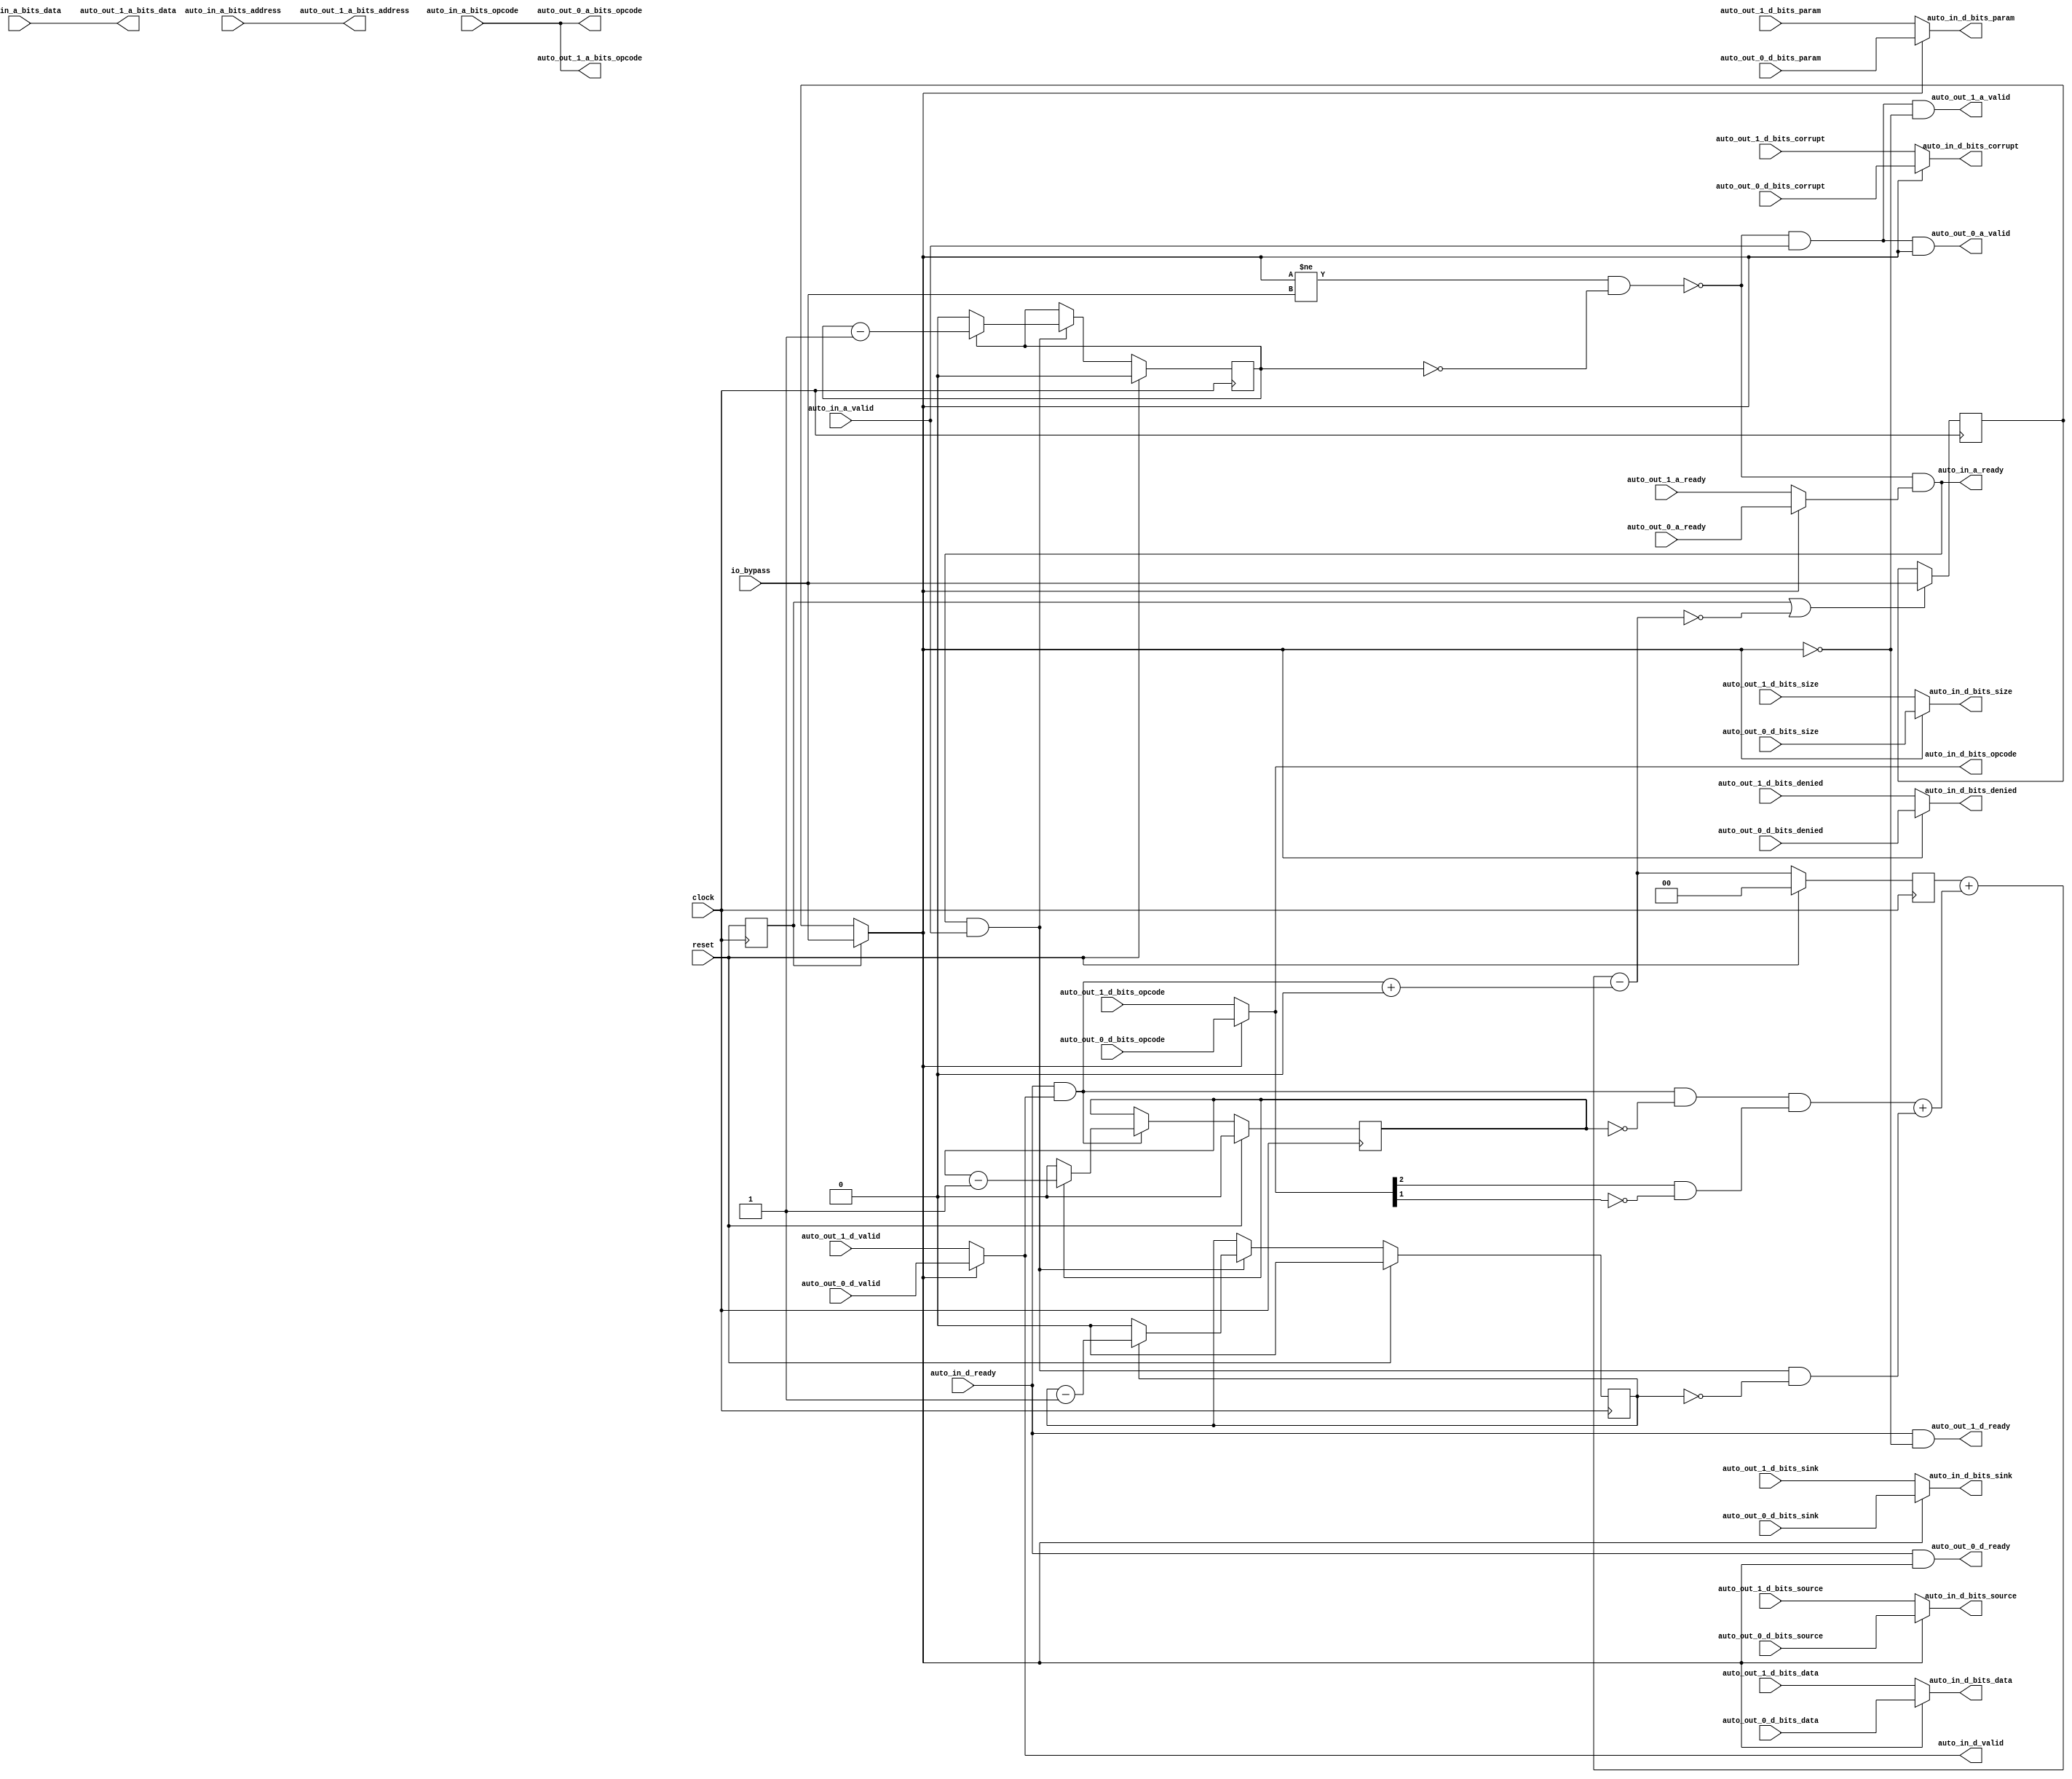
module TLBusBypassBar(
  input         clock,
  input         reset,
  output        auto_in_a_ready,
  input         auto_in_a_valid,
  input  [2:0]  auto_in_a_bits_opcode,
  input  [8:0]  auto_in_a_bits_address,
  input  [31:0] auto_in_a_bits_data,
  input         auto_in_d_ready,
  output        auto_in_d_valid,
  output [2:0]  auto_in_d_bits_opcode,
  output [1:0]  auto_in_d_bits_param,
  output [1:0]  auto_in_d_bits_size,
  output        auto_in_d_bits_source,
  output        auto_in_d_bits_sink,
  output        auto_in_d_bits_denied,
  output [31:0] auto_in_d_bits_data,
  output        auto_in_d_bits_corrupt,
  input         auto_out_1_a_ready,
  output        auto_out_1_a_valid,
  output [2:0]  auto_out_1_a_bits_opcode,
  output [8:0]  auto_out_1_a_bits_address,
  output [31:0] auto_out_1_a_bits_data,
  output        auto_out_1_d_ready,
  input         auto_out_1_d_valid,
  input  [2:0]  auto_out_1_d_bits_opcode,
  input  [1:0]  auto_out_1_d_bits_param,
  input  [1:0]  auto_out_1_d_bits_size,
  input         auto_out_1_d_bits_source,
  input         auto_out_1_d_bits_sink,
  input         auto_out_1_d_bits_denied,
  input  [31:0] auto_out_1_d_bits_data,
  input         auto_out_1_d_bits_corrupt,
  input         auto_out_0_a_ready,
  output        auto_out_0_a_valid,
  output [2:0]  auto_out_0_a_bits_opcode,
  output        auto_out_0_d_ready,
  input         auto_out_0_d_valid,
  input  [2:0]  auto_out_0_d_bits_opcode,
  input  [1:0]  auto_out_0_d_bits_param,
  input  [1:0]  auto_out_0_d_bits_size,
  input         auto_out_0_d_bits_source,
  input         auto_out_0_d_bits_sink,
  input         auto_out_0_d_bits_denied,
  input  [31:0] auto_out_0_d_bits_data,
  input         auto_out_0_d_bits_corrupt,
  input         io_bypass
);
`ifdef RANDOMIZE_REG_INIT
  reg [31:0] _RAND_0;
  reg [31:0] _RAND_1;
  reg [31:0] _RAND_2;
  reg [31:0] _RAND_3;
  reg [31:0] _RAND_4;
  reg [31:0] _RAND_5;
`endif // RANDOMIZE_REG_INIT
  reg  in_reset; // @[BusBypass.scala 80:27]
  reg  bypass_reg; // @[BusBypass.scala 81:25]
  wire  bypass = in_reset ? io_bypass : bypass_reg; // @[BusBypass.scala 82:21]
  reg [1:0] flight; // @[Edges.scala 296:25]
  reg  stall_counter; // @[Edges.scala 230:27]
  wire  stall_first = ~stall_counter; // @[Edges.scala 232:25]
  wire  stall = (bypass != io_bypass) & stall_first; // @[BusBypass.scala 87:40]
  wire  _in_a_ready_T = ~stall; // @[BusBypass.scala 91:21]
  wire  _in_a_ready_T_1 = bypass ? auto_out_0_a_ready : auto_out_1_a_ready; // @[BusBypass.scala 91:34]
  wire  in_a_ready = (~stall) & _in_a_ready_T_1; // @[BusBypass.scala 91:28]
  wire  done = in_a_ready & auto_in_a_valid; // @[Decoupled.scala 40:37]
  reg  counter; // @[Edges.scala 230:27]
  wire  counter1 = counter - 1'h1; // @[Edges.scala 231:28]
  wire  a_first = ~counter; // @[Edges.scala 232:25]
  wire  in_d_valid = bypass ? auto_out_0_d_valid : auto_out_1_d_valid; // @[BusBypass.scala 97:24]
  wire  done_3 = auto_in_d_ready & in_d_valid; // @[Decoupled.scala 40:37]
  wire [2:0] in_d_bits_opcode = bypass ? auto_out_0_d_bits_opcode : auto_out_1_d_bits_opcode; // @[BusBypass.scala 99:21]
  reg  counter_3; // @[Edges.scala 230:27]
  wire  counter1_3 = counter_3 - 1'h1; // @[Edges.scala 231:28]
  wire  d_first = ~counter_3; // @[Edges.scala 232:25]
  wire  d_request = (in_d_bits_opcode[2]) & (~(in_d_bits_opcode[1])); // @[Edges.scala 72:40]
  wire  inc_right = done & a_first; // @[Edges.scala 311:28]
  wire  inc_left = (done_3 & d_first) & d_request; // @[Edges.scala 314:39]
  wire [1:0] inc = {inc_right,inc_left}; // @[Cat.scala 29:58]
  wire [1:0] dec = {1'h0,done_3}; // @[Cat.scala 29:58]
  wire [1:0] _next_flight_T_2 = (inc[0]) + (inc[1]); // @[Bitwise.scala 47:55]
  wire [1:0] _next_flight_T_5 = flight + _next_flight_T_2; // @[Edges.scala 325:30]
  wire [1:0] _next_flight_T_8 = (dec[0]) + (dec[1]); // @[Bitwise.scala 47:55]
  wire [1:0] next_flight = _next_flight_T_5 - _next_flight_T_8; // @[Edges.scala 325:46]
  wire  _T_15 = in_reset | (next_flight == 2'h0); // @[BusBypass.scala 86:20]
  wire  stall_counter1 = stall_counter - 1'h1; // @[Edges.scala 231:28]
  wire  _out0_a_valid_T_1 = _in_a_ready_T & auto_in_a_valid; // @[BusBypass.scala 89:28]
  wire  _out1_a_valid_T_2 = ~bypass; // @[BusBypass.scala 90:45]
  assign auto_in_a_ready = (~stall) & _in_a_ready_T_1; // @[BusBypass.scala 91:28]
  assign auto_in_d_valid = bypass ? auto_out_0_d_valid : auto_out_1_d_valid; // @[BusBypass.scala 97:24]
  assign auto_in_d_bits_opcode = bypass ? auto_out_0_d_bits_opcode : auto_out_1_d_bits_opcode; // @[BusBypass.scala 99:21]
  assign auto_in_d_bits_param = bypass ? auto_out_0_d_bits_param : auto_out_1_d_bits_param; // @[BusBypass.scala 99:21]
  assign auto_in_d_bits_size = bypass ? auto_out_0_d_bits_size : auto_out_1_d_bits_size; // @[BusBypass.scala 99:21]
  assign auto_in_d_bits_source = bypass ? auto_out_0_d_bits_source : auto_out_1_d_bits_source; // @[BusBypass.scala 99:21]
  assign auto_in_d_bits_sink = bypass ? auto_out_0_d_bits_sink : auto_out_1_d_bits_sink; // @[BusBypass.scala 99:21]
  assign auto_in_d_bits_denied = bypass ? auto_out_0_d_bits_denied : auto_out_1_d_bits_denied; // @[BusBypass.scala 99:21]
  assign auto_in_d_bits_data = bypass ? auto_out_0_d_bits_data : auto_out_1_d_bits_data; // @[BusBypass.scala 99:21]
  assign auto_in_d_bits_corrupt = bypass ? auto_out_0_d_bits_corrupt : auto_out_1_d_bits_corrupt; // @[BusBypass.scala 99:21]
  assign auto_out_1_a_valid = _out0_a_valid_T_1 & (~bypass); // @[BusBypass.scala 90:42]
  assign auto_out_1_a_bits_opcode = auto_in_a_bits_opcode; // @[Nodes.scala 1216:84 LazyModule.scala 312:16]
  assign auto_out_1_a_bits_address = auto_in_a_bits_address; // @[Nodes.scala 1216:84 LazyModule.scala 312:16]
  assign auto_out_1_a_bits_data = auto_in_a_bits_data; // @[Nodes.scala 1216:84 LazyModule.scala 312:16]
  assign auto_out_1_d_ready = auto_in_d_ready & _out1_a_valid_T_2; // @[BusBypass.scala 96:32]
  assign auto_out_0_a_valid = (_in_a_ready_T & auto_in_a_valid) & bypass; // @[BusBypass.scala 89:42]
  assign auto_out_0_a_bits_opcode = auto_in_a_bits_opcode; // @[Nodes.scala 1216:84 LazyModule.scala 312:16]
  assign auto_out_0_d_ready = auto_in_d_ready & bypass; // @[BusBypass.scala 95:32]
  always @(posedge clock) begin
    in_reset <= reset; // @[BusBypass.scala 80:27 BusBypass.scala 80:27 BusBypass.scala 80:27]
    if (_T_15) begin // @[BusBypass.scala 86:50]
      bypass_reg <= io_bypass; // @[BusBypass.scala 86:63]
    end
    if (reset) begin // @[Edges.scala 296:25]
      flight <= 2'h0; // @[Edges.scala 296:25]
    end else begin
      flight <= next_flight; // @[Edges.scala 326:12]
    end
    if (reset) begin // @[Edges.scala 230:27]
      stall_counter <= 1'h0; // @[Edges.scala 230:27]
    end else if (done) begin // @[Edges.scala 236:17]
      if (stall_first) begin // @[Edges.scala 237:21]
        stall_counter <= 1'h0;
      end else begin
        stall_counter <= stall_counter1;
      end
    end
    if (reset) begin // @[Edges.scala 230:27]
      counter <= 1'h0; // @[Edges.scala 230:27]
    end else if (done) begin // @[Edges.scala 236:17]
      if (a_first) begin // @[Edges.scala 237:21]
        counter <= 1'h0;
      end else begin
        counter <= counter1;
      end
    end
    if (reset) begin // @[Edges.scala 230:27]
      counter_3 <= 1'h0; // @[Edges.scala 230:27]
    end else if (done_3) begin // @[Edges.scala 236:17]
      if (d_first) begin // @[Edges.scala 237:21]
        counter_3 <= 1'h0;
      end else begin
        counter_3 <= counter1_3;
      end
    end
  end
// Register and memory initialization
`ifdef RANDOMIZE_GARBAGE_ASSIGN
`define RANDOMIZE
`endif
`ifdef RANDOMIZE_INVALID_ASSIGN
`define RANDOMIZE
`endif
`ifdef RANDOMIZE_REG_INIT
`define RANDOMIZE
`endif
`ifdef RANDOMIZE_MEM_INIT
`define RANDOMIZE
`endif
`ifndef RANDOM
`define RANDOM $random
`endif
`ifdef RANDOMIZE_MEM_INIT
  integer initvar;
`endif
`ifndef SYNTHESIS
`ifdef FIRRTL_BEFORE_INITIAL
`FIRRTL_BEFORE_INITIAL
`endif
initial begin
  `ifdef RANDOMIZE
    `ifdef INIT_RANDOM
      `INIT_RANDOM
    `endif
    `ifndef VERILATOR
      `ifdef RANDOMIZE_DELAY
        #`RANDOMIZE_DELAY begin end
      `else
        #0.002 begin end
      `endif
    `endif
`ifdef RANDOMIZE_REG_INIT
  _RAND_0 = {1{`RANDOM}};
  in_reset = _RAND_0[0:0];
  _RAND_1 = {1{`RANDOM}};
  bypass_reg = _RAND_1[0:0];
  _RAND_2 = {1{`RANDOM}};
  flight = _RAND_2[1:0];
  _RAND_3 = {1{`RANDOM}};
  stall_counter = _RAND_3[0:0];
  _RAND_4 = {1{`RANDOM}};
  counter = _RAND_4[0:0];
  _RAND_5 = {1{`RANDOM}};
  counter_3 = _RAND_5[0:0];
`endif // RANDOMIZE_REG_INIT
  `endif // RANDOMIZE
end // initial
`ifdef FIRRTL_AFTER_INITIAL
`FIRRTL_AFTER_INITIAL
`endif
`endif // SYNTHESIS
endmodule